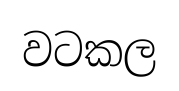
වටකල